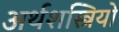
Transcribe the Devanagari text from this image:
अर्थशस्त्रियो